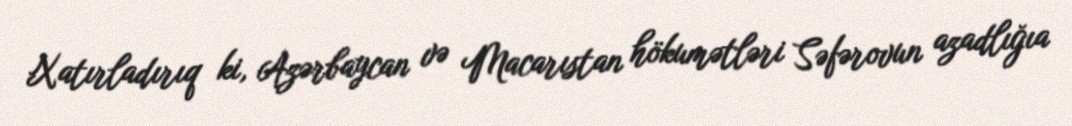
Xatırladırıq ki, Azərbaycan və Macarıstan hökumətləri Səfərovun azadlığıa